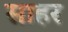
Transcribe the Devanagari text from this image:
साहर